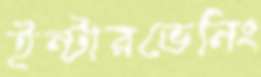
ইন্টারভেনিং